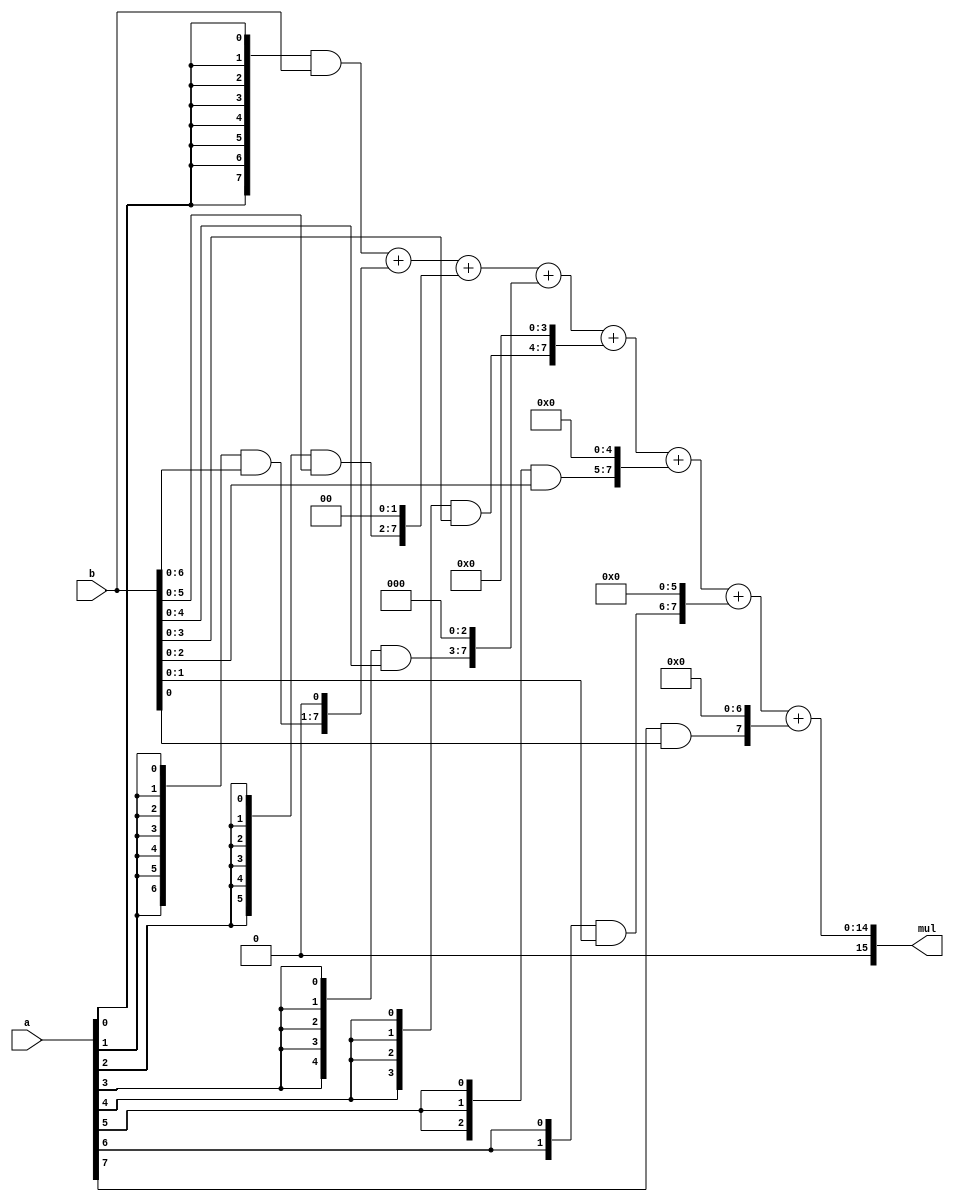
/*
   This file was generated automatically by the Mojo IDE version B1.3.6.
   Do not edit this file directly. Instead edit the original Lucid source.
   This is a temporary file and any changes made to it will be destroyed.
*/

module multiply_13 (
    input [7:0] a,
    input [7:0] b,
    output reg [15:0] mul
  );
  
  
  
  reg [7:0] p0;
  
  reg [7:0] p1;
  
  reg [7:0] p2;
  
  reg [7:0] p3;
  
  reg [7:0] p4;
  
  reg [7:0] p5;
  
  reg [7:0] p6;
  
  reg [7:0] p7;
  
  always @* begin
    p0[0+7-:8] = ({4'h8{a[0+0-:1]}}) & (b[0+7-:8]);
    p1[0+7-:8] = (({4'h8{a[1+0-:1]}}) & (b[0+7-:8])) << 1'h1;
    p2[0+7-:8] = (({4'h8{a[2+0-:1]}}) & (b[0+7-:8])) << 2'h2;
    p3[0+7-:8] = (({4'h8{a[3+0-:1]}}) & (b[0+7-:8])) << 2'h3;
    p4[0+7-:8] = (({4'h8{a[4+0-:1]}}) & (b[0+7-:8])) << 3'h4;
    p5[0+7-:8] = (({4'h8{a[5+0-:1]}}) & (b[0+7-:8])) << 3'h5;
    p6[0+7-:8] = (({4'h8{a[6+0-:1]}}) & (b[0+7-:8])) << 3'h6;
    p7[0+7-:8] = (({4'h8{a[7+0-:1]}}) & (b[0+7-:8])) << 3'h7;
    mul = p0 + p1 + p2 + p3 + p4 + p5 + p6 + p7;
  end
endmodule